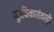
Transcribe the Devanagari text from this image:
मूत्रविकारांवरही